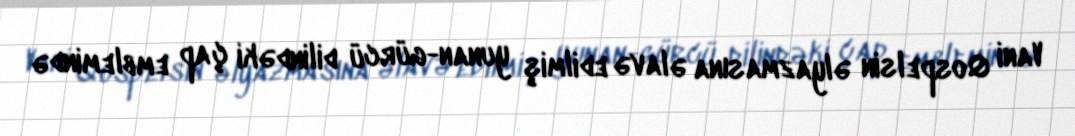
Vani Qospelsin əlyazmasına əlavə edilmiş yunan-gürcü dilindəki çap emblemində